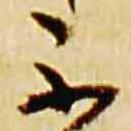
不